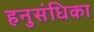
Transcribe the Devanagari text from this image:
हनुसंधिका